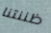
ظننتنا